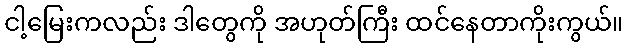
ငါ့မြေးကလည်း ဒါတွေကို အဟုတ်ကြီး ထင်နေတာကိုးကွယ်။